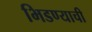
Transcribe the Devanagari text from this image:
भिडण्याची